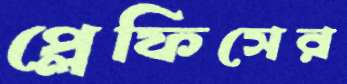
প্লেফিসের